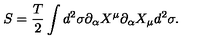
S = { \frac { T } { 2 } } \int d ^ { 2 } \sigma \partial _ { \alpha } X ^ { \mu } \partial _ { \alpha } X _ { \mu } d ^ { 2 } \sigma .